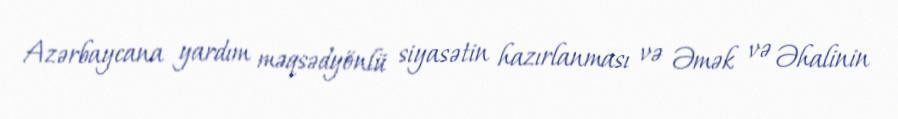
Azərbaycana yardım məqsədyönlü siyasətin hazırlanması və Əmək və Əhalinin